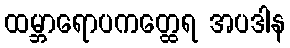
ထမ္ဘာရောပကတ္ထေရ အပဒါန